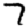
Digit: 7